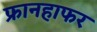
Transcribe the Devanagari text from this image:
फ्रानहाफर